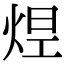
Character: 𤉊